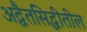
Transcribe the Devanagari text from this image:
अद्वैतसिद्धीतील